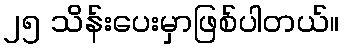
၂၅ သိန်းပေးမှာဖြစ်ပါတယ်။